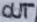
Text: OUT